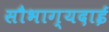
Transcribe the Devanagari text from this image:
सौभाग्यदाई